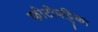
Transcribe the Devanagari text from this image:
फोटोपट्टिका